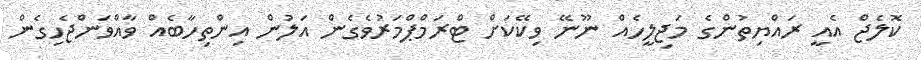
ކޮލެޖް އެއީ ރައްޔިތުންގެ މަޖިލީހެއް ނޫނޭ ވިކޭކަށް ޓްރަމްޕްމަރުވެގެން އަލުން އިންތިހާބެއް ވާއްވަންޖެހިގެން